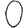
Digit: 0